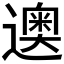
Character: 𰻘